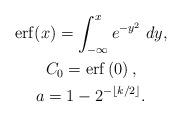
LaTeX: \begin{gather*}\mathrm{erf}(x) = \int_{-\infty}^x e^{-y^2} \; dy, \\C_0=\mathrm{erf}\left(0\right), \\a = 1-2^{-\lfloor k/2 \rfloor}.\end{gather*}